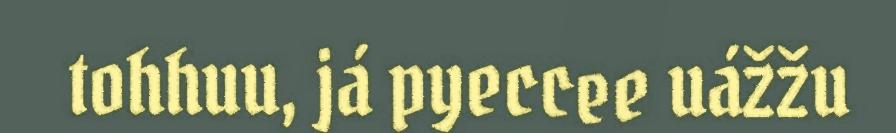
tohhuu, já pyeccee uážžu